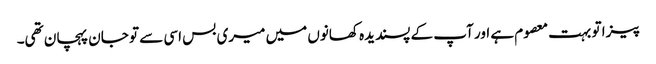
پیزا تو بہت معصوم ہے اور آپ کے پسندیدہ کھانوں میں میری بس اسی سے تو جان پہچان تھی۔